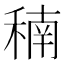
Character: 𥠮